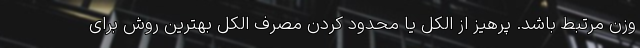
وزن مرتبط باشد. پرهیز از الکل یا محدود کردن مصرف الکل بهترین روش برای